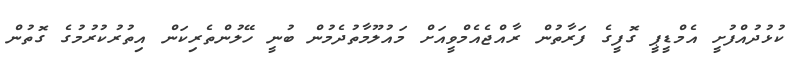
ކުޅުދުއްފުށީ އެމްޑީޕީ ގޮފީގެ ފަރާތުން ރާއްޖެއެމްވީއަށް މައުލޫމާތުދެމުން ބުނީ ހޭލުންތެރިކަން އިތުރުކުރުމުގެ ގޮތުން